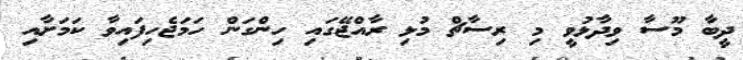
ދީބާ މޫސާ ވިދާޅުވީ މި ރިސާޗް މުޅި ރާއްޖޭގައި ހިންގަން ހަމަޖެހިފައިވާ ކަމަށާއި